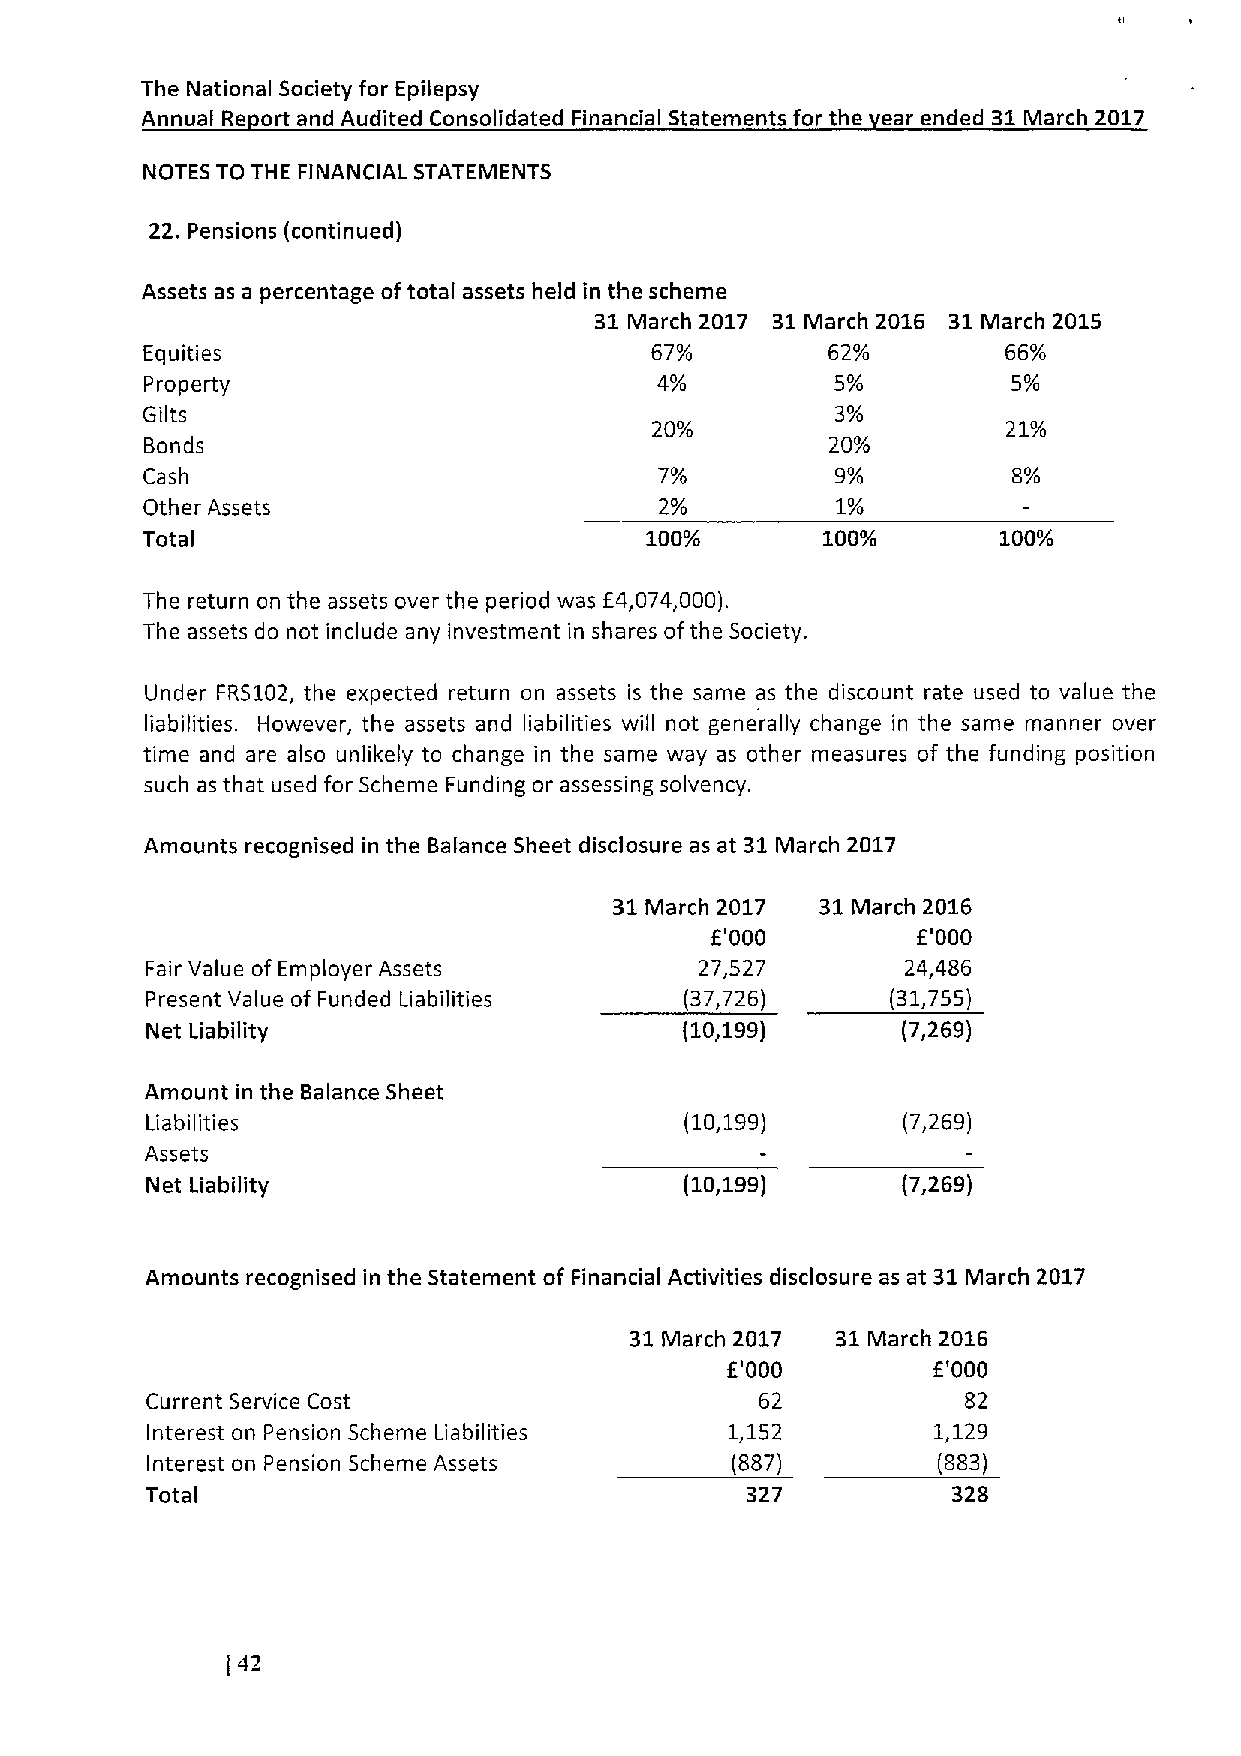
The National Society for Epilepsy
 Annual Re ort and Audited Consolidated Financial Statements for the ear ended 31March 2017
 NOTES TO THE FINANCIAL STATEMENTS
 22. Pensions (continued)
 Assets as a percentage oftotal assets held in the scheme
 31March 2017 31March 2016 31March 2015
 Equities                          67%         62%         66%
 Property                         4%          5%          5%
 Gilts                                         3%
 20%                     21%
 Bonds                                        20%
 Cash                               7%         9%          8%
 Other Assets                       2%         1%
 Total                             100/       100o        100%
 The return on the assets over the period was E4,074,000).
 The assets do not include any investment in shares ofthe Society.
 Under FR5102, the expected return on assets is the same as the discount rate used to value the
 liabilities. However, the assets and liabilities will not generally change in the same manner over
 time and are also unlikely to change in the same way as other measures of the funding position
 such as that used for Scheme Funding or assessing solvency.
 Amounts recognised in the Balance Sheet disclosure as at 31March 2017
 31March 2017 31March 2016
 f'000         E'000
 Fair Value of Employer Assets       27,527        24,486
 Present Value of Funded Liabilities (37,726)     (31,755)
 Net Liability                      (10,199)       (7,269)
 Amount in the Balance Sheet
 Liabilities                        (10,199)       (7,269)
 Assets
 Net Liability                      (10,199)       (7,269)
 Amounts recognised in the Statement of Financial Activities disclosure as at 31March 2017
 31March 2017 31March 2016
 E'000         f'000
 Current Service Cost                    62            82
 Interest on Pension Scheme Liabilities 1,152        1,129
 Interest on Pension Scheme Assets     (887)         (883)
 Tota                                   327           328
 I
 (42